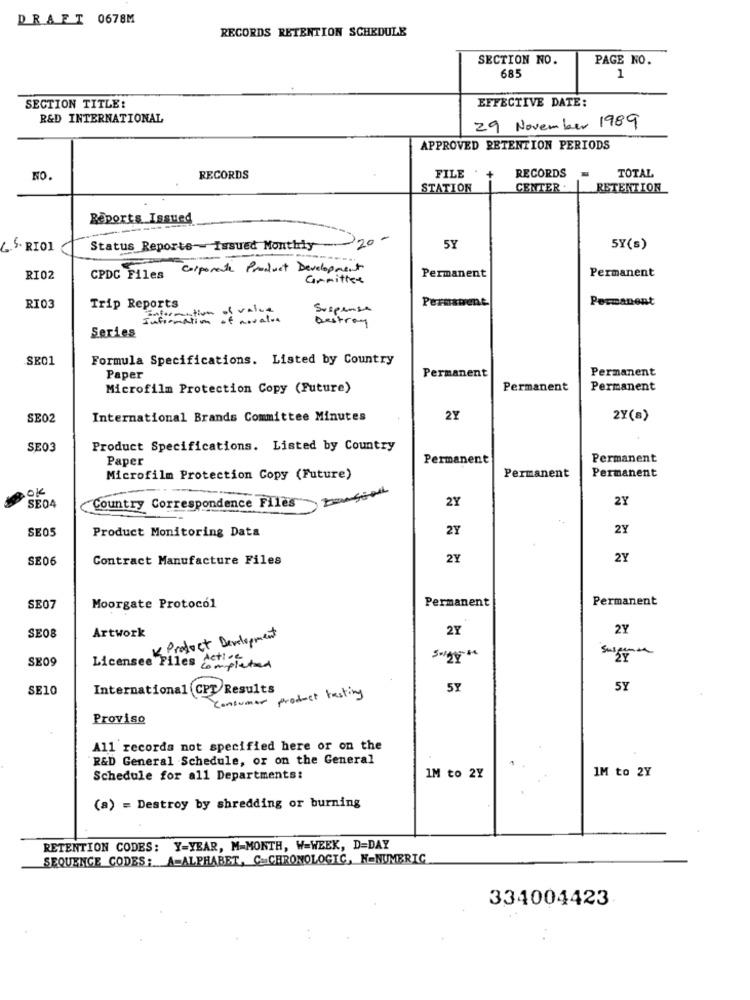
DRAFT 0678M
RECORDS RETENTION SCHEDULE
SECTION NO.
PAGE NO.
685
1
EFFECTIVE DATE:
SECTION TITLE:
R&D INTERNATIONAL
29 November 1989
APPROVED RETENTION PERIODS
RECORDS
TOTAL
NO.
RECORDS
FILE +
STATION
CENTER .
RETENTION
Reports Issued
6.5. RIOL
Status Reports-Issued Monthly 20-
5Y
5Y(s)
CPDC Files Corporate Product Development
RI02
Grmittet
Permanent
Permanent
Permanent
Permanent
RIO3
Trip Reports
Information of value
Suspense
Information of novalor
Destroy
Series
SE01
Formula Specifications. Listed by Country
Permanent
Paper
Permanent
Microfilm Protection Copy (Future)
Permanent
Permanent
SE02
International Brands Committee Minutes
2Y
2Y(a)
SE03
Product Specifications. Listed by Country
Paper
Permanent
Permanent
Permanent
Microfilm Protection Copy (Future)
Permanent
OK
Country Correspondence Files
2Y
2Y
SE04
SE05
Product Monitoring Data
2Y
2Y
SE06
Contract Manufacture Files
2Y
2Y
Permanent
Permanent
SE07
Moorgate Protocol
Artwork
2Y
2Y
SE08
K Product Development
SE09
Licensee Files Acti c
mpleted
SE10
International CPT Results
5Y
5Y
Consumer product testing
Proviso
All records not specified here or on the
R&D General Schedule, or on the General
1M to 2Y
Schedule for all Departments:
IM to 2Y
(a) = Destroy by shredding or burning
RETENTION CODES: Y-YEAR, M-MONTH, W=WEEK, D=DAY
SEQUENCE CODES: A=ALPHABET, C.CHRONOLOGIC, N-NUMERIC
334004423